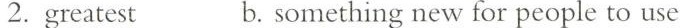
2. greatest b. Something new for people to use